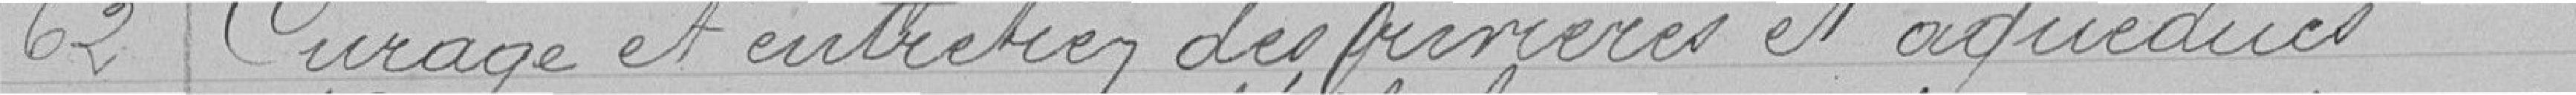
62 Curage et entretien des rivières et aqueducs